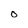
Character: O